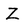
Character: Z